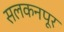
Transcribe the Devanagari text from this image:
सलकनपूर